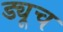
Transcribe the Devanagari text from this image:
ड्यूच